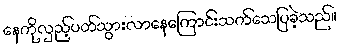
နေကိုလှည့်ပတ်သွားလာနေကြောင်းသက်သေပြခဲ့သည်။